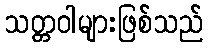
သတ္တဝါများဖြစ်သည်